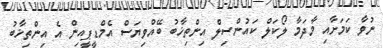
ނުވާ ކަމަށާއި މާދަމާ ލޯކަލް ކައުންސިލް އިންތިޚާބު ބޭއްވިޔަސް އެމްޑީޕީއިން އެ އިންތިޚާބު